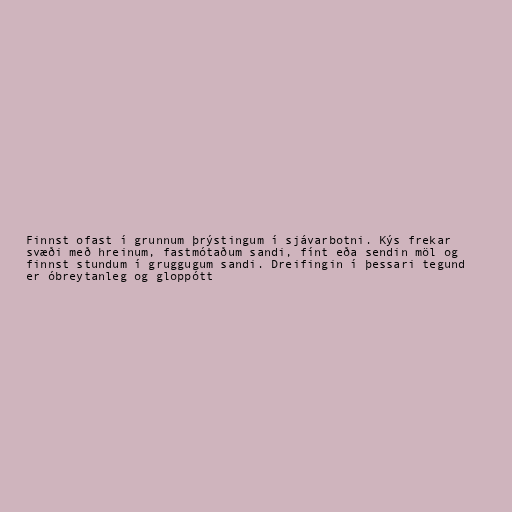
Finnst ofast í grunnum þrýstingum í sjávarbotni. Kýs frekar
svæði með hreinum, fastmótaðum sandi, fínt eða sendin möl og
finnst stundum í gruggugum sandi. Dreifingin í þessari tegund
er óbreytanleg og gloppótt